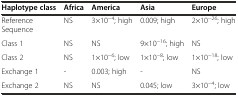
<table><thead><tr><td><b>Haplotype class</b></td><td><b>Africa</b></td><td><b>America</b></td><td><b>Asia</b></td><td><b>Europe</b></td></tr></thead><tbody><tr><td>Reference Sequence</td><td>NS</td><td>3×10<sup>-4</sup>; high</td><td>0.009; high</td><td>2×10<sup>-26</sup>; high</td></tr><tr><td>Class 1</td><td>NS</td><td>NS</td><td>9×10<sup>-16</sup>; high</td><td>NS</td></tr><tr><td>Class 2</td><td>NS</td><td>1×10<sup>-6</sup>; low</td><td>1×10<sup>-8</sup>; low</td><td>1×10<sup>-18</sup>; low</td></tr><tr><td>Exchange 1</td><td>-</td><td>0.003; high</td><td>-</td><td>NS</td></tr><tr><td>Exchange 2</td><td>NS</td><td>NS</td><td>0.045; low</td><td>3×10<sup>-4</sup>; low</td></tr></tbody></table>